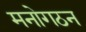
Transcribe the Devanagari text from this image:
मनोगठन